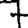
Digit: 7